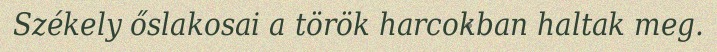
Székely őslakosai a török harcokban haltak meg.